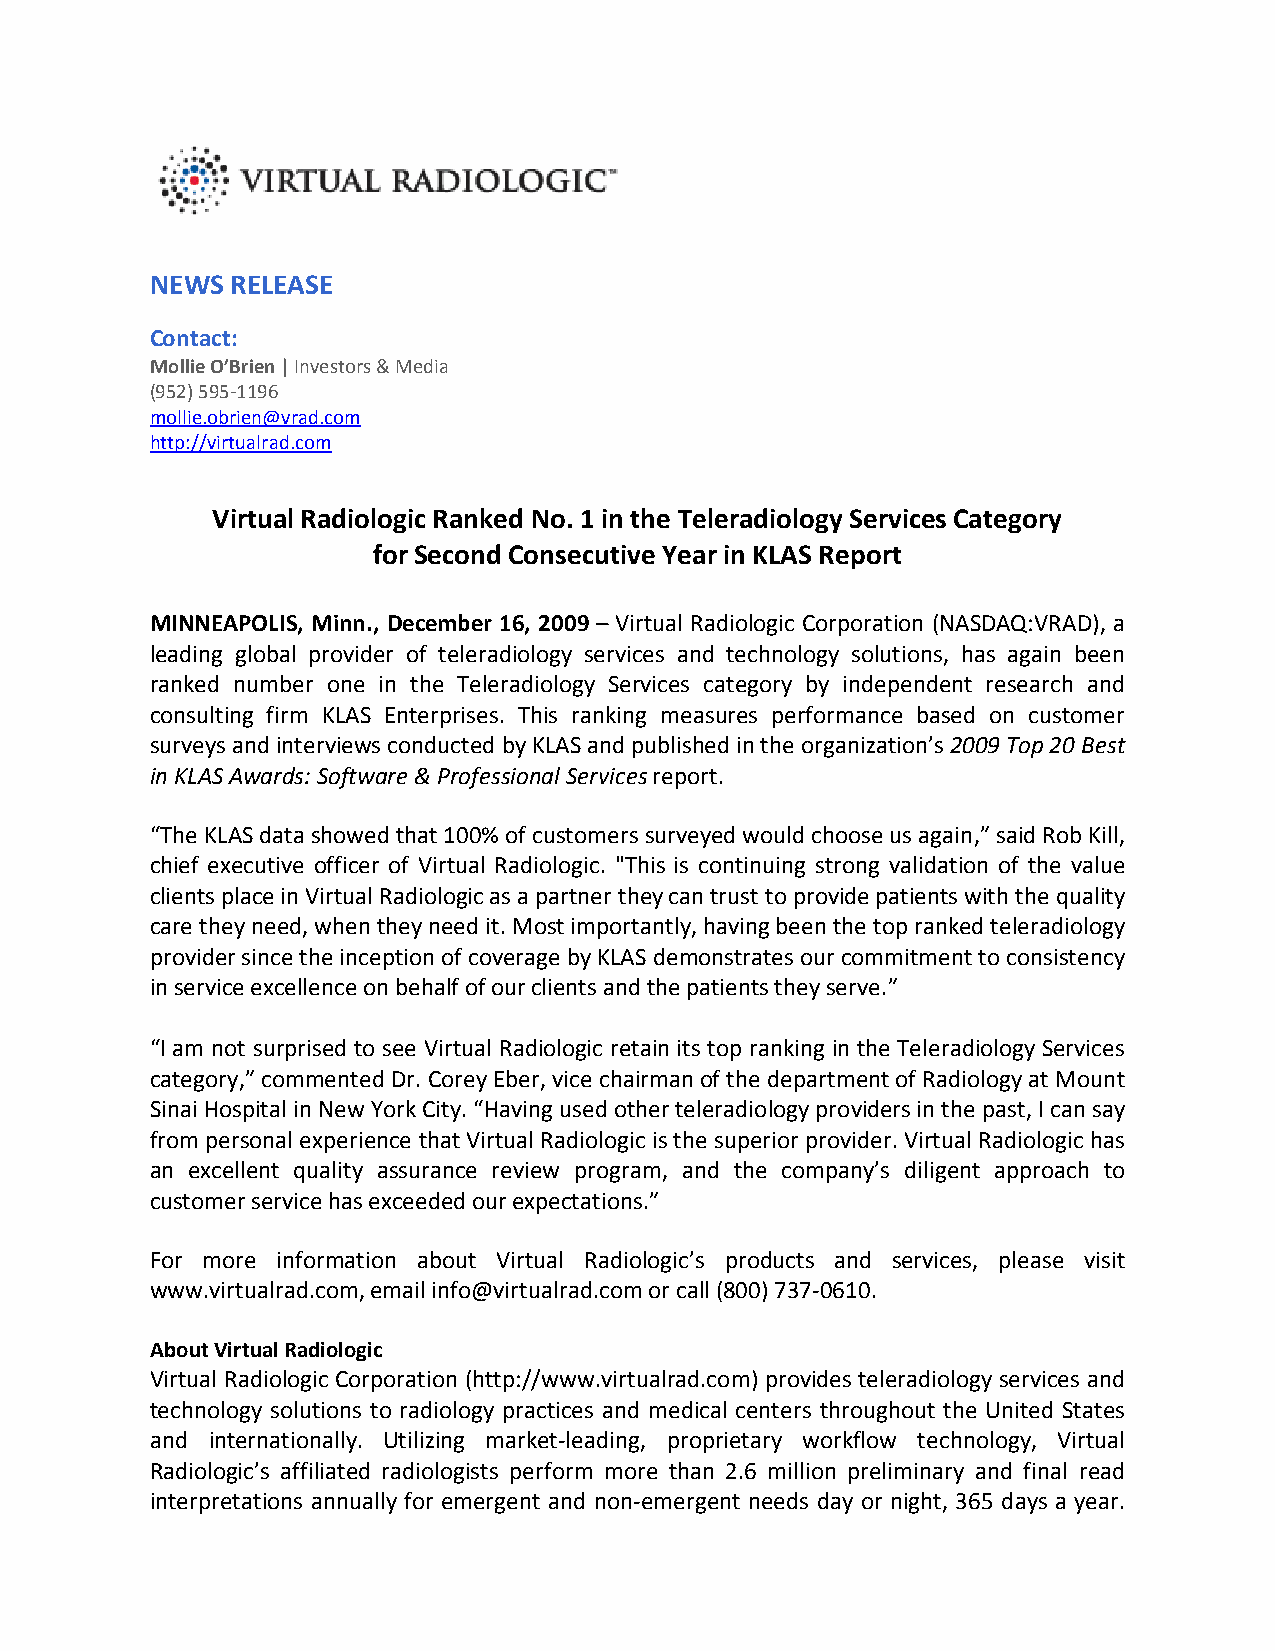
NEWS RELEASE
 Contact:
 Mollie O’Brien | Investors & Media
 (952) 595-1196
 mollie.obrien@vrad.com
 http://virtualrad.com
 Virtual Radiologic Ranked No. 1 in the Teleradiology Services Category
 for Second Consecutive Year in KLAS Report
 MINNEAPOLIS, Minn., December 16, 2009 – Virtual Radiologic Corporation (NASDAQ:VRAD), a
 leading global provider of teleradiology services and technology solutions, has again been
 ranked number one in the Teleradiology Services category by independent research and
 consulting firm KLAS Enterprises. This ranking measures performance based on customer
 surveys and interviews conducted by KLAS and published in the organization’s 2009 Top 20 Best
 in KLAS Awards: Software & Professional Services report.
 “The KLAS data showed that 100% of customers surveyed would choose us again,” said Rob Kill,
 chief executive officer of Virtual Radiologic. "This is continuing strong validation of the value
 clients place in Virtual Radiologic as a partner they can trust to provide patients with the quality
 care they need, when they need it. Most importantly, having been the top ranked teleradiology
 provider since the inception of coverage by KLAS demonstrates our commitment to consistency
 in service excellence on behalf of our clients and the patients they serve.”
 “I am not surprised to see Virtual Radiologic retain its top ranking in the Teleradiology Services
 category,” commented Dr. Corey Eber, vice chairman of the department of Radiology at Mount
 Sinai Hospital in New York City. “Having used other teleradiology providers in the past, I can say
 from personal experience that Virtual Radiologic is the superior provider. Virtual Radiologic has
 an excellent quality assurance review program, and the company’s diligent approach to
 customer service has exceeded our expectations.”
 For more information about Virtual Radiologic’s products and services, please visit
 www.virtualrad.com, email info@virtualrad.com or call (800) 737-0610.
 About Virtual Radiologic
 Virtual Radiologic Corporation (http://www.virtualrad.com) provides teleradiology services and
 technology solutions to radiology practices and medical centers throughout the United States
 and internationally. Utilizing market-leading, proprietary workflow technology, Virtual
 Radiologic’s affiliated radiologists perform more than 2.6 million preliminary and final read
 interpretations annually for emergent and non-emergent needs day or night, 365 days a year.